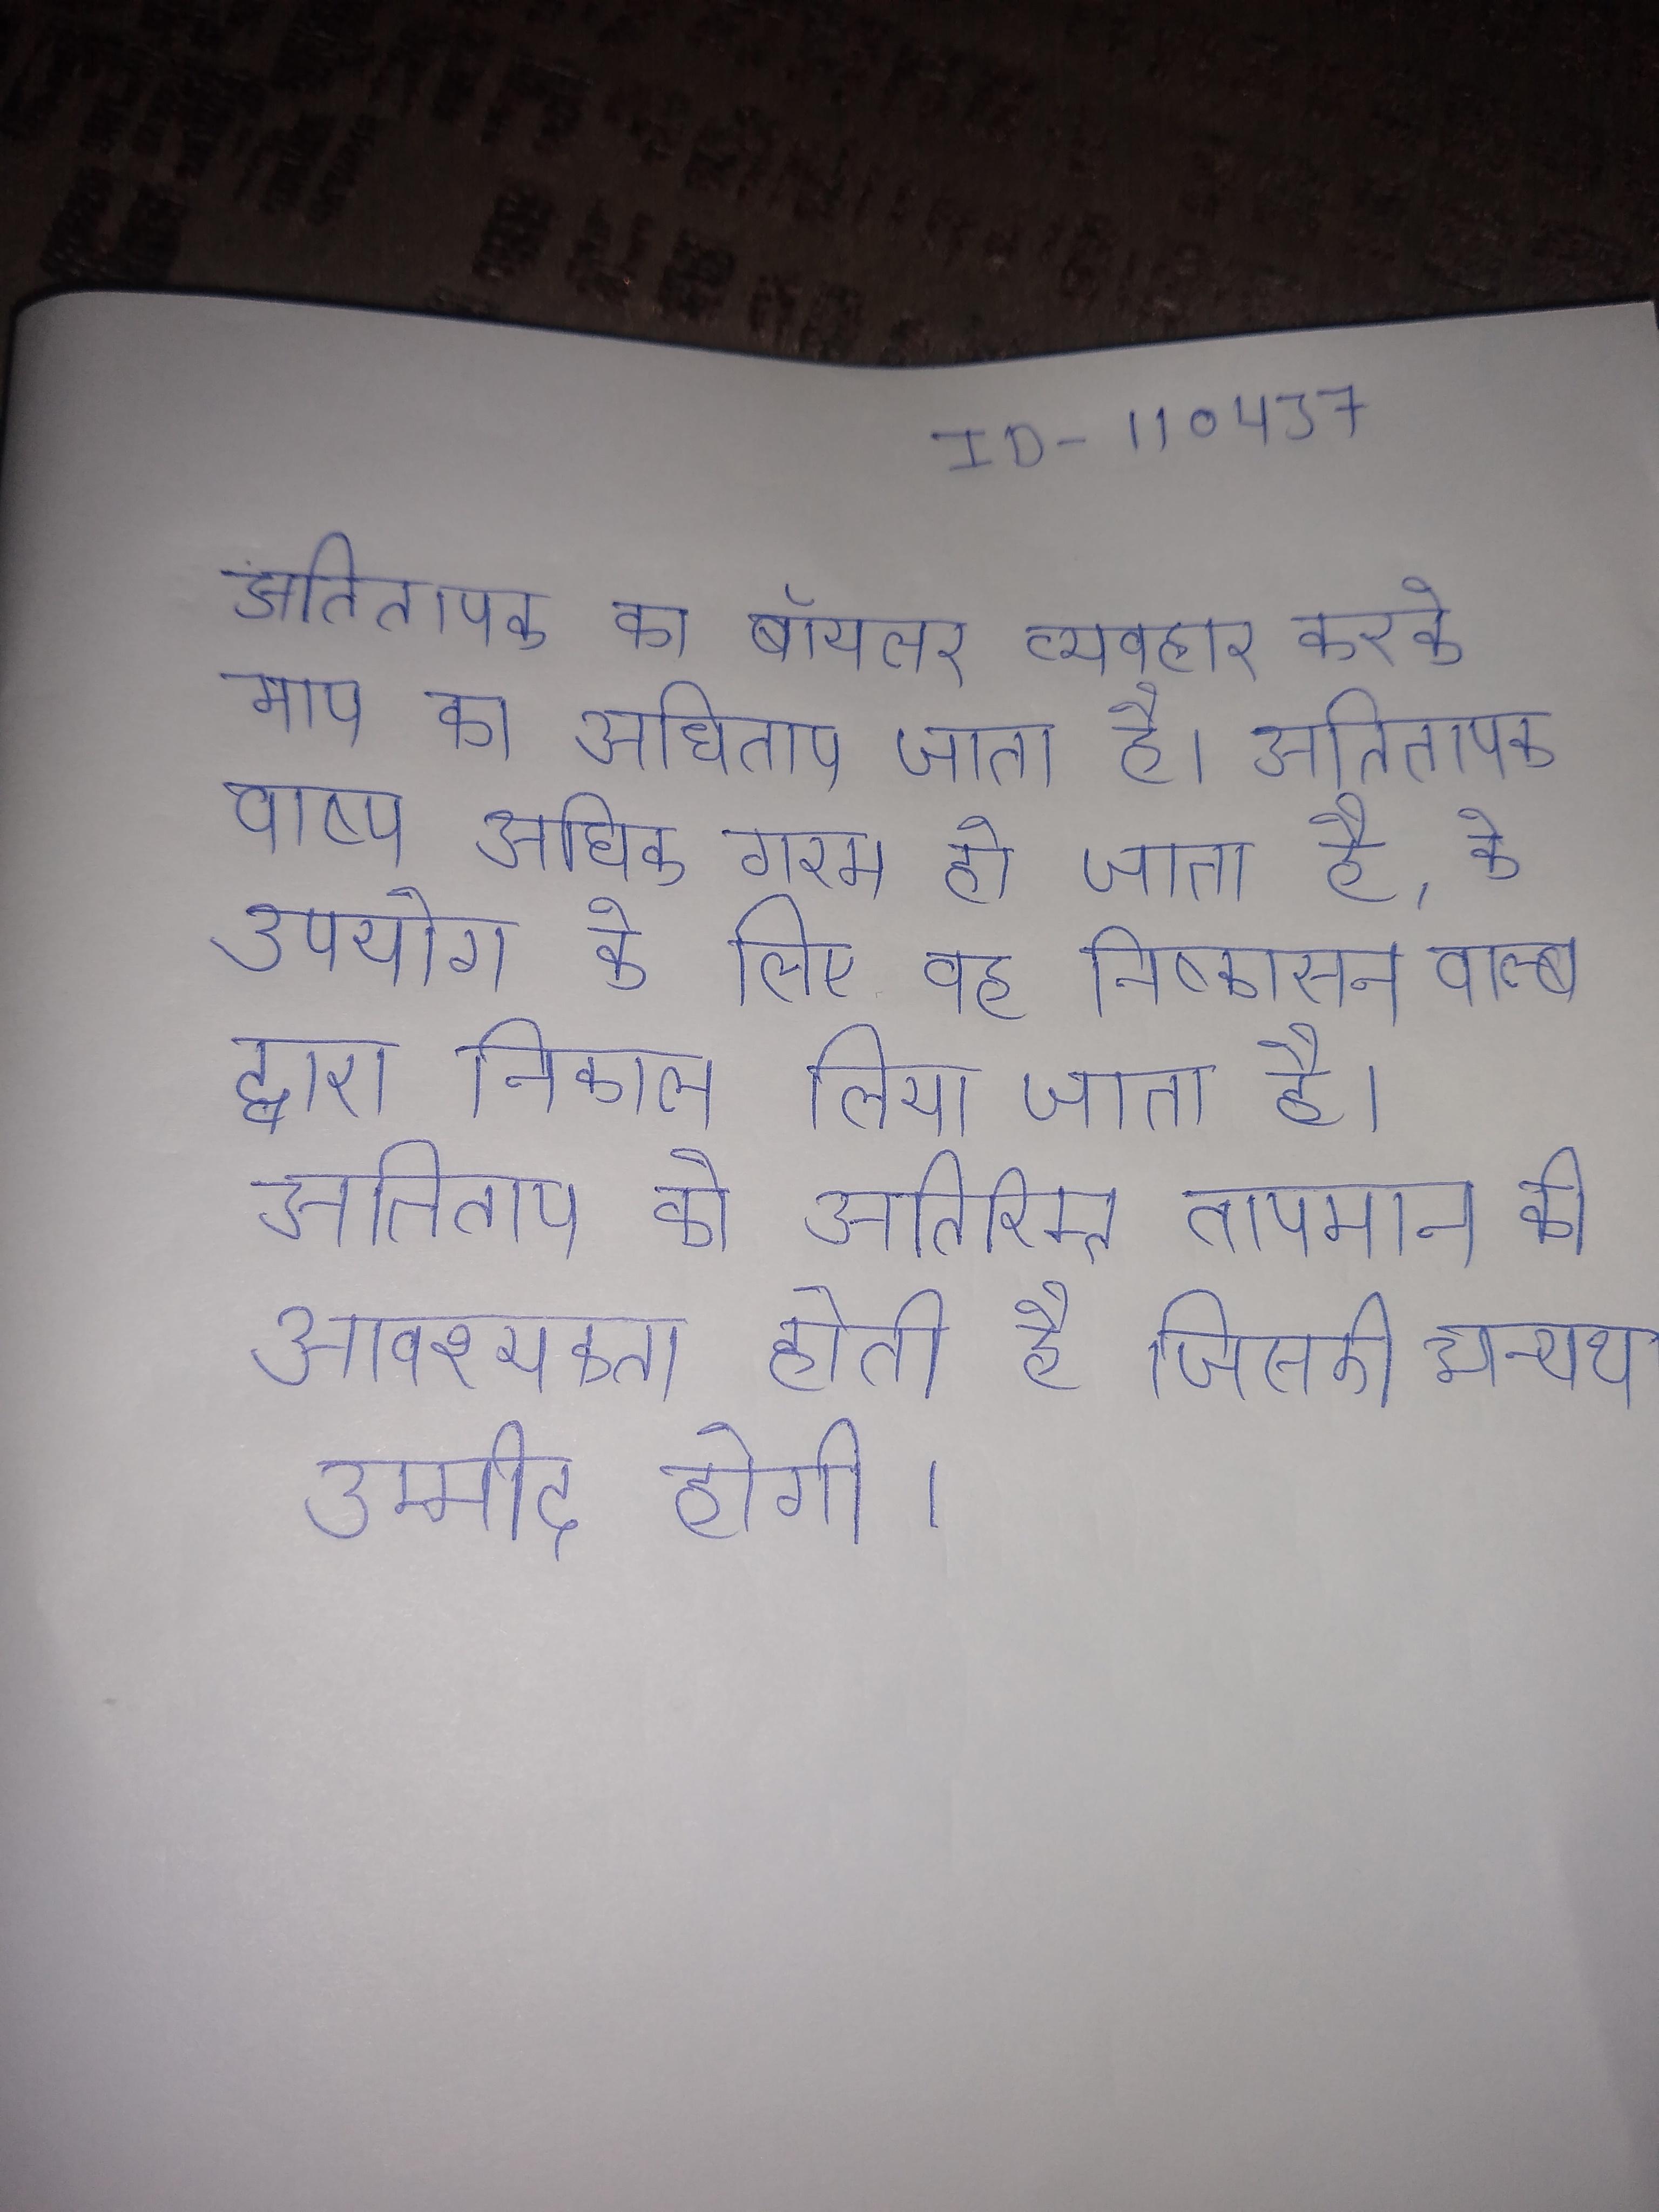
अतितापक का बॉयलर व्यवहार करके भाप का अधिताप जाता है । अतितापक वाष्प अधिक गरम हो जाता है, के उपयोग के लिए वह निष्कासन वाल्ब द्वारा निकाल लिया जाता है । अतिताप को अतिरिक्त तापमान की आवश्यकता होती है जिसकी अन्यथा उम्मीद होगी ।